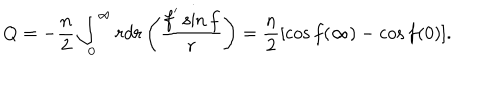
Q = - \frac { n } { 2 } \int _ { 0 } ^ { \infty } r d r \left( \frac { f ^ { ' } \sin f } { r } \right) = \frac { n } { 2 } [ \cos f ( \infty ) - \cos f ( 0 ) ] .